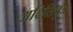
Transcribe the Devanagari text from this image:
अदितिपुत्र